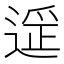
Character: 𬨶